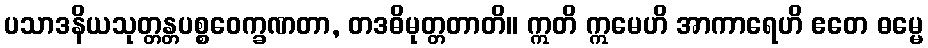
ပသာဒနိယသုတ္တန္တပစ္စဝေက္ခဏတာ, တဒဓိမုတ္တတာတိ။ ဣတိ ဣမေဟိ အာကာရေဟိ ဧတေ ဓမ္မေ